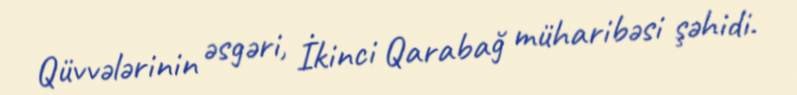
Qüvvələrinin əsgəri, İkinci Qarabağ müharibəsi şəhidi.